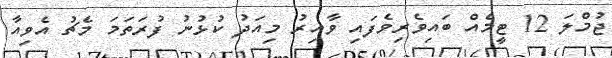
ޖުމްލަ 12 ޓީމެއް ބައިވެރިވެފައި ވާއިރު މިއަދު ކުޅުނު ފުރަތަމަ މެޗު އެވިއާ